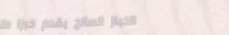
الخباز الصالح يقدم خبزا ط